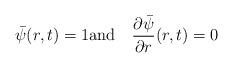
LaTeX: \begin{align*}\bar\psi(r,t)=1\mathrm{and} \quad\frac{\partial\bar\psi}{\partial r}(r,t)=0\end{align*}